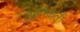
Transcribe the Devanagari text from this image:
गुहांमधली